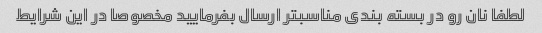
لطفا نان رو در بسته بندی مناسبتر ارسال بفرمایید مخصوصا در این شرایط